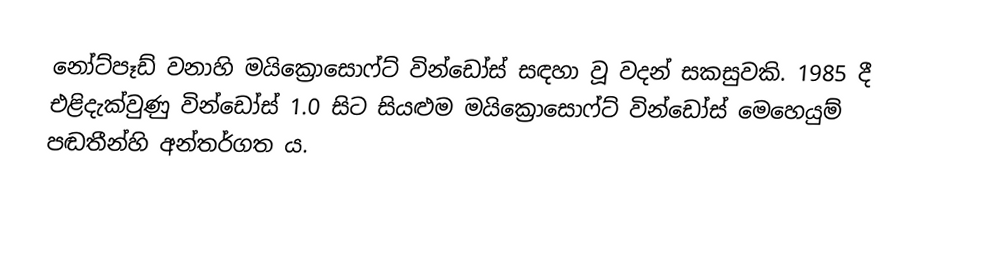
නෝට්පෑඩ් වනාහි මයික්‍රොසොෆ්ට් වින්ඩෝස් සඳහා වූ  වදන් සකසුවකි.  1985 දී එළිදැක්වුණු වින්ඩෝස් 1.0 සිට සියළුම මයික්‍රොසොෆ්ට් වින්ඩෝස් මෙහෙයුම් පඬතීන්හි අන්තර්ගත ය.